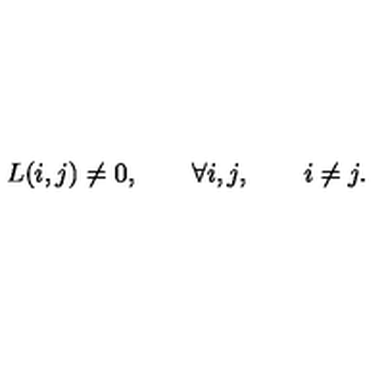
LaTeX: L ( i , j ) \ne 0 , \qquad \forall i , j , \qquad i \ne j .